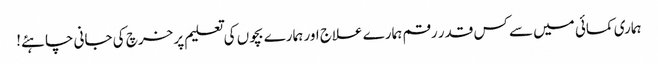
ہماری کمائی میں سے کس قدر رقم ہمارے علاج اور ہمارے بچوں کی تعلیم پر خرچ کی جانی چاہئے!